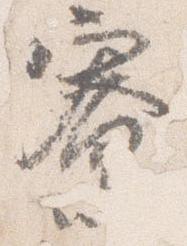
寮